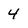
Character: 4